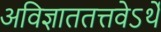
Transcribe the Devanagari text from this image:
अविज्ञाततत्तवेऽर्थे